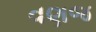
વણજ